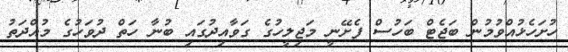
ހުށަހެޅުއްވުމުން ބަޖެޓް ބަހުސް ފެށޭނީ މަޖިލީހުގެ ގަވާއިދުގައި ބުނާ ހަތް ދުވަހުގެ މުއްދަތު